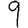
Digit: 9